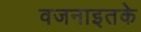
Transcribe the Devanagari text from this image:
वजनाइतके